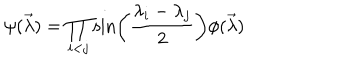
LaTeX: \psi ( \vec { \lambda } ) = \prod _ { i < j } \sin \left( \frac { \lambda _ { i } - \lambda _ { j } } { 2 } \right) \phi ( \vec { \lambda } )